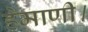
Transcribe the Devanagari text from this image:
हेमाणी।